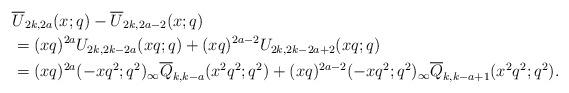
LaTeX: \begin{align*}&\overline{U}_{2k,2a}(x;q)-\overline{U}_{2k,2a-2}(x;q)\\&=(xq)^{2a}U_{2k,2k-2a}(xq;q)+(xq)^{2a-2}U_{2k,2k-2a+2}(xq;q)\\&=(xq)^{2a}(-xq^2;q^2)_\infty \overline{Q}_{k,k-a}(x^2q^2;q^2)+(xq)^{2a-2}(-xq^2;q^2)_\infty \overline{Q}_{k,k-a+1}(x^2q^2;q^2).\end{align*}